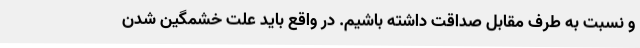
و نسبت به طرف مقابل صداقت داشته باشیم. در واقع باید علت خشمگین شدن